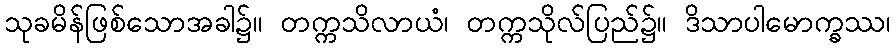
သုခမိန်ဖြစ်သောအခါ၌။ တက္ကသိလာယံ၊ တက္ကသိုလ်ပြည်၌။ ဒိသာပါမောက္ခဿ၊